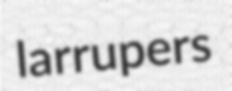
larrupers